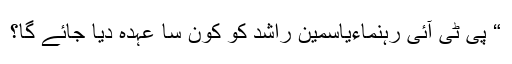
“ پی ٹی آئی رہنماءیاسمین راشد کو کون سا عہدہ دیا جائے گا؟